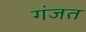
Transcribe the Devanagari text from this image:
गंजत